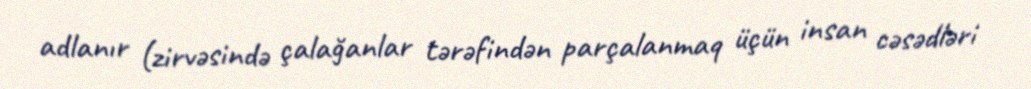
adlanır (zirvəsində çalağanlar tərəfindən parçalanmaq üçün insan cəsədləri